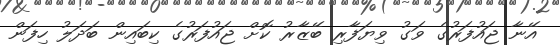
އޭނާ ޖައުފަރުގެ ވަގު ވިޔަފާރި ބޭޒާރު ކޮށް ޖައުފަރުގެ ކިބައިން ބަދަލު ހިފަން